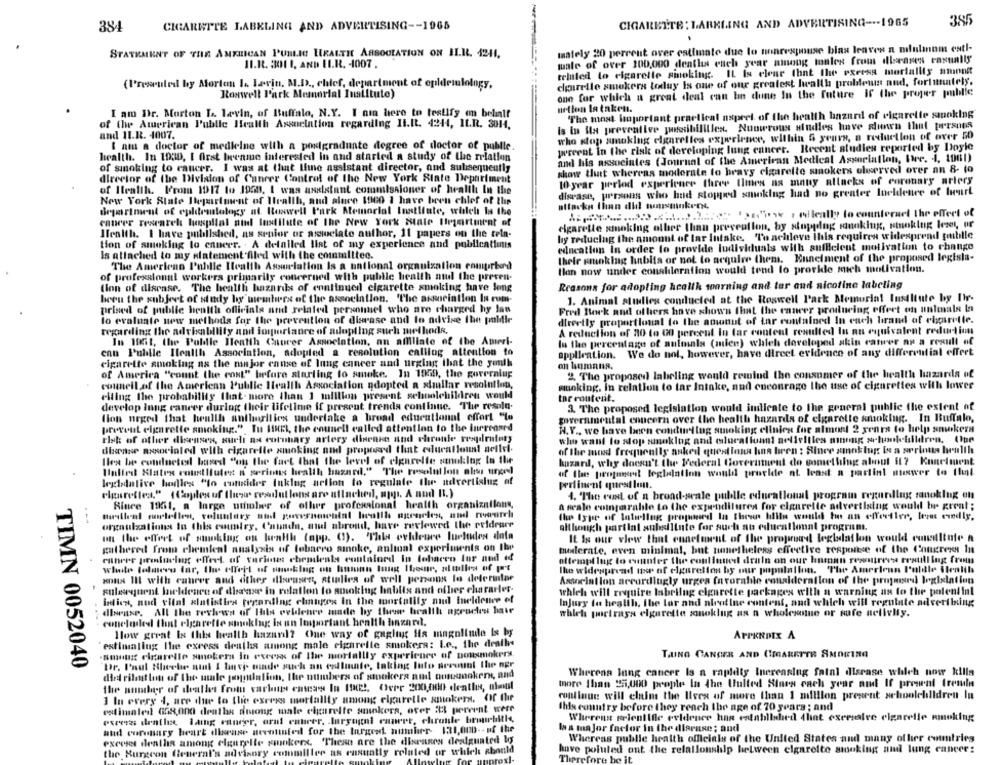
CIGARETTE : LARKLING AND ADVERTISING --- 1965
38!
384
CIGARETTE LABELING AND ADVERTISING -- 1965
STATEMENT OF THE AMERICAN PUBLIC HEALTH ASSOCIATION ON ILR. 4211,
mately 20 percent over estimate due lo nonrespouse bias leaves a mlulinom estl-
male of over 100,000 deaths euch year among tonles from dbvaness casually
II.R. 301 1, AND LI.R. 4007.
related to cigarette smoking. IL Is clear that the excess mortality mmnnkt
(Presruled by Morton I. Larin, M.D ., chilef, department of epidemiology,
clearelle smokers today Is one of our greatest health problems aud, fortunately.
one for which a great deal can be dune In the future If the proper publie
Roswell Park Memorial Inalltute)
action la taken.
I am Dr. Marton La. Lavin, of Buffalo, N.Y. I am here to testify on belilf
"The most important practical nsprel. of the health hazard of cigarette smoking
of the American Public Health Association regarding II.It. 4244, IL.R. 3014.
Is in is preventive possibililles. Nunwrous sindies have shown that perspes
and IL.R. 4007.
who stop smoking elgarelles experience, within 6 years, a reduction of over 50
I am a doctor of medicine with a postgraduate degree of doctor of publie
percent In the risk of developing lung cancer. Recent studies reported by Doyle
health. In 1930, I first bene interested in and started a study of the relation
and his assueinles (Journal of the American Medical Association, Ire, i, 1081)
of smoking to cancer. I was at that time assistant director, and subsequently
show that whereas moderate to bravy cigarette smokers observed over an 8- to
director of the Division of Cancer Control of the New York State Department
10 year period experience three times as many allacks of coronary artery
of Itealth. ['rom 1917 to 1950. I was assistant commissioner of health In the
disease, persons who had stopped smoking had no greater Incidence of heart
New York State Department of Health, and aluce 1960 1 have been chlef of the
attackn than did nonsmokers,
department of culdemtology at Roswell Park Memorial Institute, which Is the
13siew . elleally to counteract the effect of
cancer research hospital oud Institute of the New York state Urpartment of
cigarette smoking other than prevention, by shopping smoking, smoking leset, or
Health. I have published, as senior or aswelate author, 11 papers on the teln-
by reducing the amount of tar lutake. To achieve this requires widespread publle
tion of smoking to enneer. . A detailed llat of my experience and publications
eincation in order to provide ludividuals with sufficient motivation to change
Is attached to my alatement filed with the committee.
their smoking habits or not to acquire them. Eunelment of the proposed legisla-
The American Public Health Association Is a national organization comprbord
Ilan now under consideration would tend to prorkle much motivation.
of professional workers primarily concerned with public health aud the preven-
lion of disease. The health hazards of continued cigarette smoking have long
Reasons for adopting health sonraing and tar and nicotine labeling
been the subject of study by members of the association. The association In com-
1. Animal studies conducted at the Roswell Park Memorial Institute by Ihr-
prised of public health officials and related personnel who are charged hy las
Fred Boek and others have shown that the cancer producing offert on animals la
lo evaluate new methods for the prevention of disease and to advise the puldir
directly proportional to the aownut of far contained In each brand of cigarette.
regarding the advisability and importance of adopting such methods,
A reduction of 210 to 00 percent In far content resulted In an equivalent redurt inn
In 18it, the Public Health Caurer Association, an affiliate of the Ameri-
In the percentage of animals (mien) which developed skin cancer as a result of
enn Publle Health Association, adopted a resolution calling attention to
application. We do not, however, have direct evidence of any differential offert
cigarette smoking as the major canse of lung cancer and urging that the youth
m hummus.
of America "count (he cost" before starting to smoke. In 1959, the goveralup
2. The proposed labeling would remind the consumer of the health hazards of
council of the American Public Health Association adopted a similar resolution,
muoking, in relation to tar Intake, and encourage the use of cigarettes with lower
citing the probability that-more than 1 talllion present schoolchildren would
tar routesit.
develop lung cancer during their lifetime if present trends continue. The resolu.
3. The proposed legislation would indicate to the general public the extent of
lion urged that health authorities undertake a broad educational effort "to
governmental concern over the health hazards of cigarette smoking. In Buffalo,
prevent cigarette smoking." Tu IS, the counell called attention to the Increased
W.Y ., we have been condurilng smoking clinics for almost 2 years to help smokera
risk of other diseases, surli aa coronary artery diarnie and chronic respiratory
who want to slop smoklog and educationat aellelfles among schoolchildren. (the
disease associated with cigarette smoking and proposed that educationat nellel.
of the most frequently asked questions lins biren : Since smoking Is a sprints hulth
lles be conducted based "on the fact that the level of elgarelle senuklug to the
hazard, why doesn't the Federal Government do gomething about 11 7 Kunelment
Unlied Slatex coutflutes n' serious health hazard." "The restelet let mless trygd
of the properel legladation would provide at least a partint nuswer to Ilil
legtdalive bodies "to consider tuklug action to regulate the advertising of
pertinent question.
elgasreflex." ( Coples of theww resolut lons are attached, app. A nud It.)
4. "The cost of a broad-scale pubdle educational program regarding ranoklug on
Since 1961, a large utholeer of other professional health organization,
a seale coinparabile to the expenditures for elgareile advertising would be great;
---
organizations In this country, Cuunda, and abroad, have reviewed the coldrare
although partial aubilinte for such an educational programs.
unt the effect of smoking on braith (app. (3). 'This evidence lueluides data
It Is our vlew that ennelment of the proposed legidatlon would conilinte n
gathered from chemical analysis of tobacco smoke, auliual experiments on the
nunlerate, even minimal, but nonetheless effective response of the Congress In
ratherr poroninvingt effect of farimet chemieatt contalord In tobacco lur nud od
attempt lug to cunnter the continued drain on our human resmitreva testilling from
The widespread te of elgarelfon by our population. The Amerienn l'ulille ilealib
xona Ill with cancer and other diseases, stilles of well persons lo delereder
Association accordingly urgea favorable consideration of the projesird legislation
gulsequent Incidence of disease in relation to smoking habilis and ofher character-
which will require Iabrilng cigarette packages with a warning as to the polenlint
indien, nud vital alatisties regarding changes In the mortalily nud ineldomee of
Injury to health, the lar and aientine content, and which will regulate advertbing
disease. All the revkws of This evidence made by these health agruches hair
which portrays elgurette sonoklug as a wholesue or safe nelivliy.
concluded that elgareffe smoking is an Important health hazard.
How great Is this health hazard? Che way of gagity Ha magnlinde Is by
estimallug the excess deaths among male cigarette smokers: Le ., the dealle
amount clarelle smokers In excess of the mortallly experience of bonsmokers.
TAING CANCER AND CHEGARRTTR AMORINO
Dr. Paul Bleche sut I hanej minde such an estimate, taking Into sevouat the ner
TIMN 0052040
Whereas lung cancer is a rapidly Increasing fatal disease which now kills
died rilout ton of the male jeygulalion, the numbers of smokers and ornamaker, and
the number of deathes from cache enters In the !. Over 200,000 denthe, uhaul
more than 51,000 people In the Uulted Stars each year amt If present fremin
continue will elim the lives of more than 1 million present schoolellidren In
3 In every 4, are due to the excess mortality umong elgarelle smokers. Of the
estimated GG8,000 deaths duong male cigarette suikers, over #3 percent were
this country before they reach the age of 70 years ; and
esees dentlx Ing cancer, arnt entrer. largugal capert, chronle bronchitis,
Wherens weleniife evidence has established that excessive cigarette smoking
las major factor in the disease; and
aud coronary heart disease nevntinted for the largest number- 131,000 -- of the
exceset dentha among elgurelle smokers. These are the diseases dealguated by
Whereas public health officials of the United States and many other countries
the Burgeon General's advisory commiller as casually related or which cbonld
have poluted ont the relationship helween cigarette smoking and lung cancer:
Therefore be it